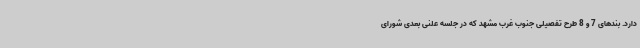
دارد. بندهای 7 و 8 طرح تفصیلی جنوب غرب مشهد که در جلسه علنی بعدی شورای